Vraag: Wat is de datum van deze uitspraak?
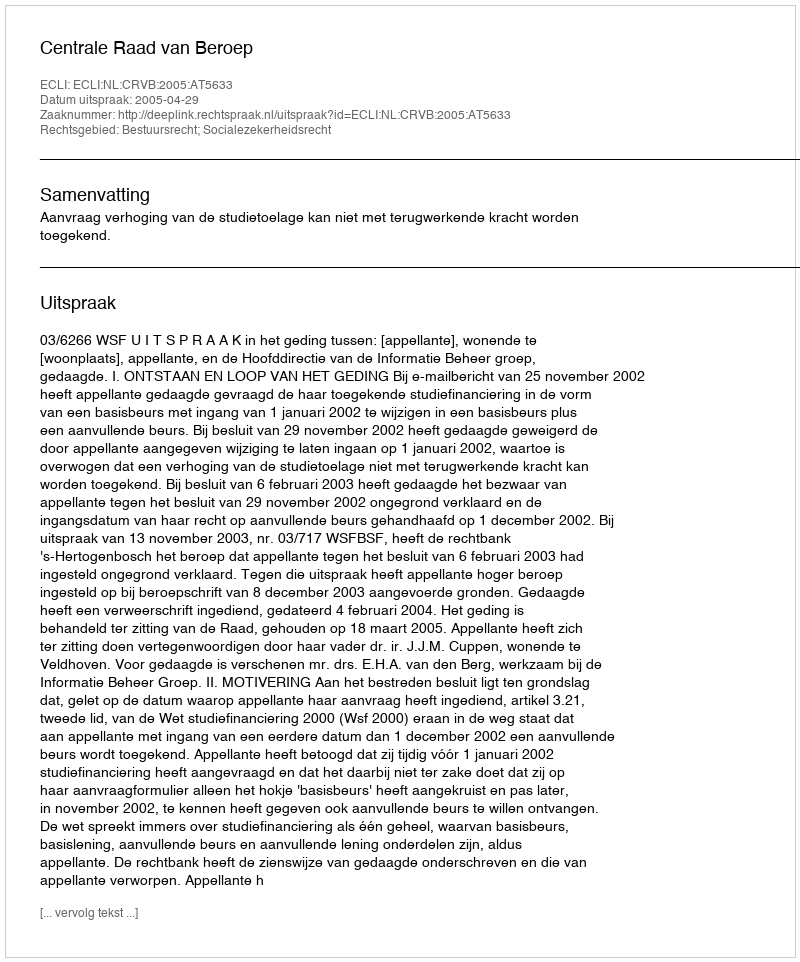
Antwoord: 2005-04-29